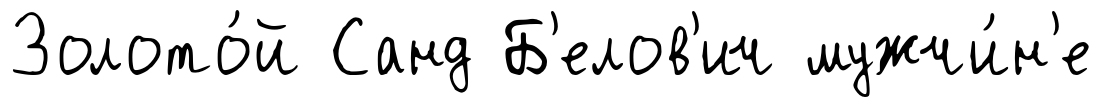
Золото́й Санд Б'елов'ич мужчи́н'е